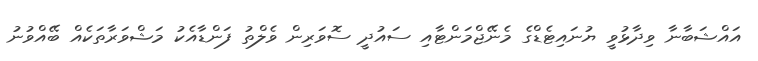
އައްޝަބާނާ ވިދާޅުވީ ޔުނައިޓެޑްގެ މެނޭޖްމަންޓާއި ސައުދީ ސޮވަރިން ވެލްތު ފަންޑާއެކު މަޝްވަރާތަކެއް ބޭއްވުނު